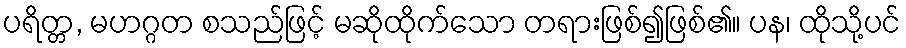
ပရိတ္တ, မဟဂ္ဂတ စသည်ဖြင့် မဆိုထိုက်သော တရားဖြစ်၍ဖြစ်၏။ ပန၊ ထိုသို့ပင်